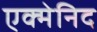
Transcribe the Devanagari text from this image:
एक्मेनिद